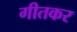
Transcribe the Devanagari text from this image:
गीतकर